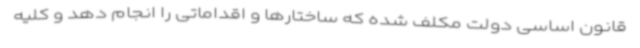
قانون اساسی دولت مکلف شده که ساختارها و اقداماتی را انجام دهد و کلیه